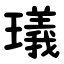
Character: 㼁